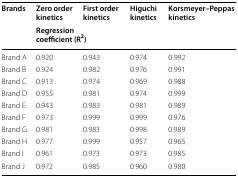
<table><thead><tr><td rowspan="2"><b>Brands</b></td><td><b>Zero order kinetics</b></td><td><b>First order kinetics</b></td><td><b>Higuchi kinetics</b></td><td><b>Korsmeyer–Peppas kinetics</b></td></tr><tr><td colspan="4"><b>Regression coefficient (R<sup>2</sup>)</b></td></tr></thead><tbody><tr><td>Brand A</td><td>0.920</td><td>0.943</td><td>0.974</td><td>0.992</td></tr><tr><td>Brand B</td><td>0.924</td><td>0.982</td><td>0.976</td><td>0.991</td></tr><tr><td>Brand C</td><td>0.913</td><td>0.974</td><td>0.969</td><td>0.988</td></tr><tr><td>Brand D</td><td>0.955</td><td>0.981</td><td>0.974</td><td>0.999</td></tr><tr><td>Brand E</td><td>0.943</td><td>0.983</td><td>0.981</td><td>0.989</td></tr><tr><td>Brand F</td><td>0.973</td><td>0.999</td><td>0.999</td><td>0.976</td></tr><tr><td>Brand G</td><td>0.981</td><td>0.983</td><td>0.998</td><td>0.989</td></tr><tr><td>Brand H</td><td>0.977</td><td>0.999</td><td>0.957</td><td>0.965</td></tr><tr><td>Brand I</td><td>0.961</td><td>0.973</td><td>0.973</td><td>0.985</td></tr><tr><td>Brand J</td><td>0.972</td><td>0.985</td><td>0.960</td><td>0.980</td></tr></tbody></table>